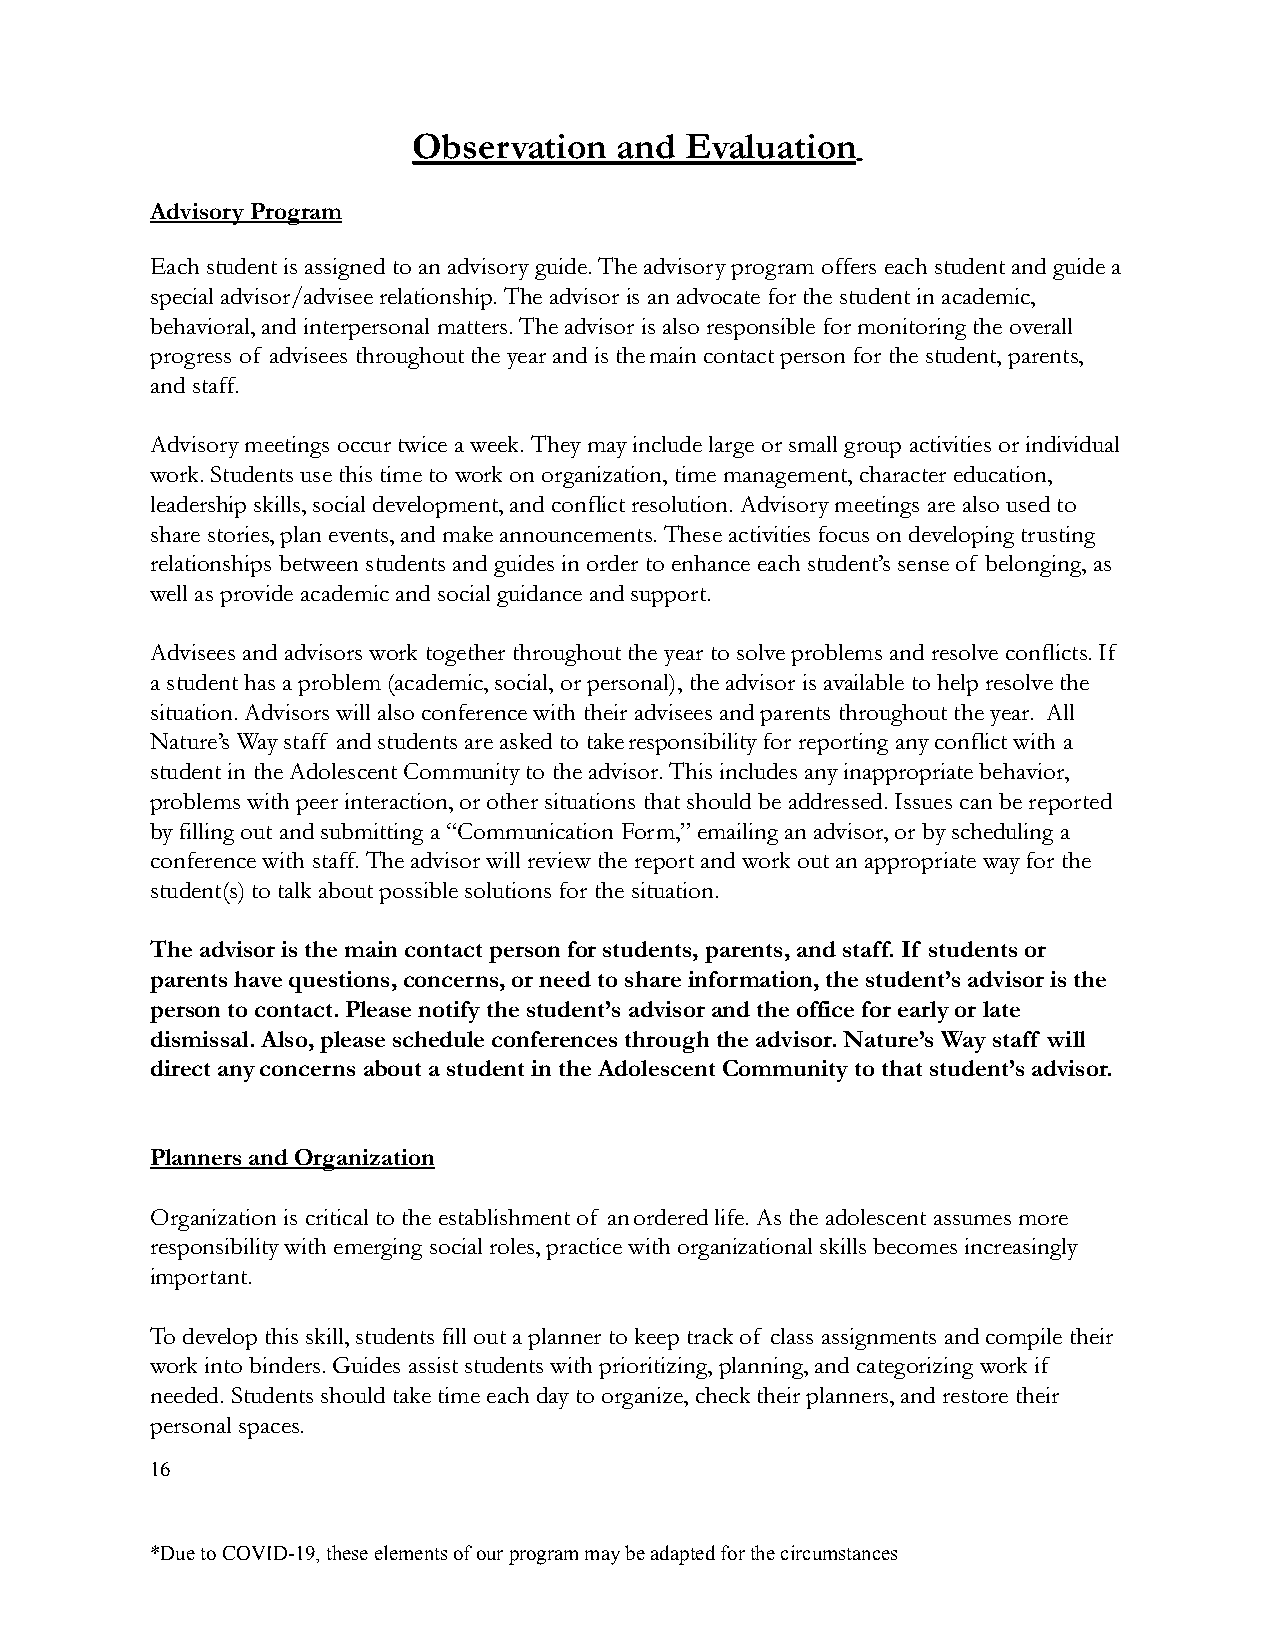
Observation   and Evaluation
 Advisory Program
 Each student is assigned to an advisory guide. Theadvisory program offers each student and guide a
 special advisor/advisee relationship. The advisoris an advocate for the student in academic,
 behavioral, and interpersonal matters. The advisoris also responsible for monitoring the overall
 progress of advisees throughout the year and is themain contact person for the student, parents,
 and staff.
 Advisory meetings occur twice a week. They may include large or small group activities or individual
 work. Students use this time to work on organization,time management, character education,
 leadership skills, social development, and conflictresolution. Advisory meetings are also used to
 share stories, plan events, and make announcements.These activities focus on developing trusting
 relationships between students and guides in order to enhance each student’s sense of belonging, as
 well as provide academic and social guidance and support.
 Advisees and advisors work together throughout the year to solve problems and resolve conflicts. If
 a student has a problem (academic, social, or personal),the advisor is available to help resolve the
 situation. Advisors will also conference with their advisees and parents throughout the year. All
 Nature’s Way staff and students are asked to takeresponsibility for reporting any conflict with a
 student in the Adolescent Community to the advisor. This includes any inappropriate behavior,
 problems with peer interaction, or other situations that should be addressed. Issues can be reported
 by filling out and submitting a “Communication Form,”emailing an advisor, or by scheduling a
 conference with staff. The advisor will review thereport and work out an appropriate way for the
 student(s) to talk about possible solutions for thesituation.
 The advisor is the main contact person for students,parents, and staff. If students or
 parents have questions, concerns, or need to shareinformation, the student’s advisor is the
 person to contact. Please notify the student’s advisorand the office for early or late
 dismissal. Also, please schedule conferences through the advisor. Nature’s Way staff will
 direct any concerns about a student in the AdolescentCommunity to that student’s advisor.
 Planners and Organization
 Organization is critical to the establishment of anordered life. As the adolescent assumes more
 responsibility with emerging social roles, practice with organizational skills becomes increasingly
 important.
 To develop this skill, students fill out a planner to keep track of class assignments and compile their
 work into binders. Guides assist students with prioritizing, planning, and categorizing work if
 needed. Students should take time each day to organize,check their planners, and restore their
 personal spaces.
 16
 *Due to COVID-19, these elements of our program maybe adapted for the circumstances